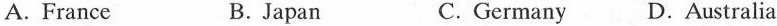
A. France B. Japan C.Germany D.Australia